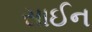
સાઈન